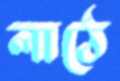
লাঠে